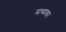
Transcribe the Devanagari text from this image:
मध्यका